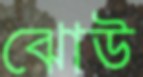
ঝোউ